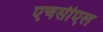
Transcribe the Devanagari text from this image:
एचसीएल